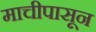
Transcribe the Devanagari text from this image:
माचीपासून